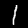
Digit: 1